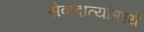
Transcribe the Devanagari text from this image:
सेवादात्यांमध्ये